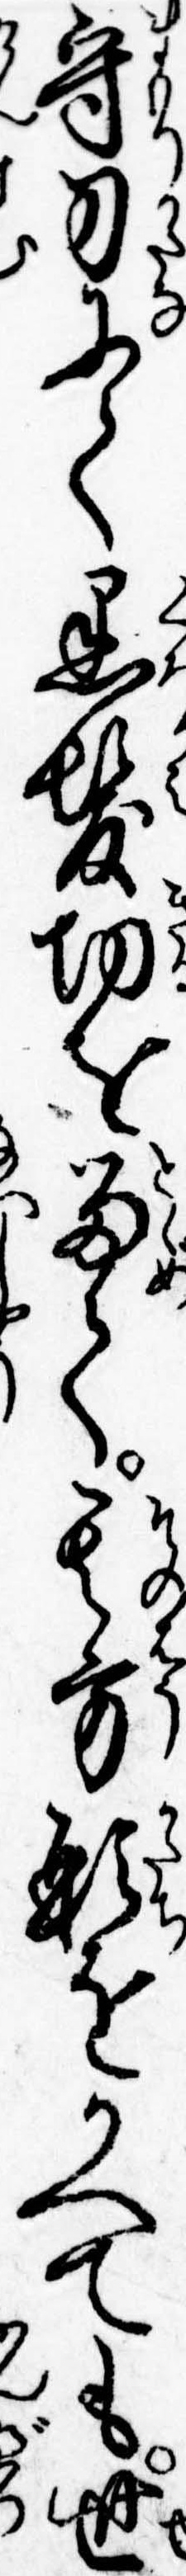
守刀にて黒髪切を留て其方形をかへても世